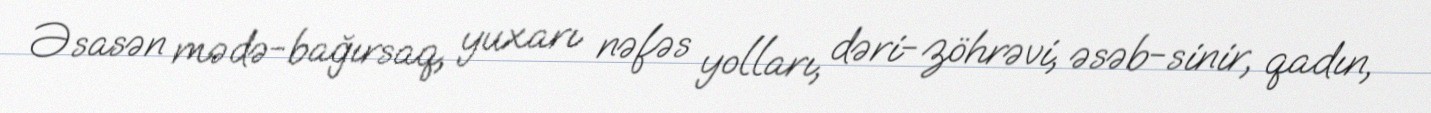
Əsasən mədə-bağırsaq, yuxarı nəfəs yolları, dəri-zöhrəvi, əsəb-sinir, qadın,